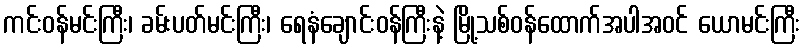
ကင်းဝန်မင်းကြီး၊ ခမ်းပတ်မင်းကြီး၊ ရေနံချောင်းဝန်ကြီးနဲ့ မြို့သစ်ဝန်ထောက်အပါအဝင် ယောမင်းကြီး